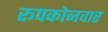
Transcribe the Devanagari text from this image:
रूपकोनवार